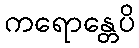
ကရောန္တေပိ